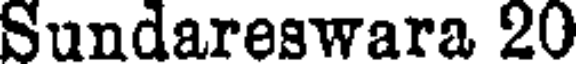
Sundareswara 20